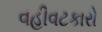
વહીવટકારો